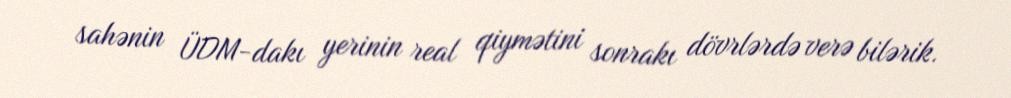
sahənin ÜDM-dakı yerinin real qiymətini sonrakı dövrlərdə verə bilərik.